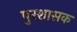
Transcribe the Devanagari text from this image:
पुरशासक